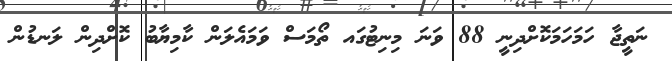
ނަތީޖާ ހަމަހަމަކޮށްދިނީ 88 ވަނަ މިނިޓުގައ ތޯމަސް ވަމައެލަން ކާމިޔާބު ކޮށްދިން ލަނޑުން